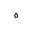
\diamond